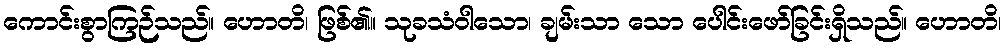
ကောင်းစွာကြဉ်သည်။ ဟောတိ၊ ဖြစ်၏။ သုခသံဝါသော၊ ချမ်းသာ သော ပေါင်းဖော်ခြင်းရှိသည်။ ဟောတိ၊